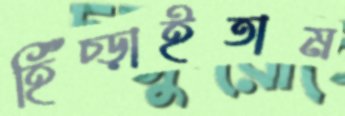
হিঁচ্‌ড়াইতাম